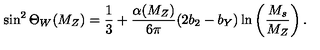
\sin ^ { 2 } \Theta _ { W } ( M _ { Z } ) = \frac { 1 } { 3 } + \frac { \alpha ( M _ { Z } ) } { 6 \pi } ( 2 b _ { 2 } - b _ { Y } ) \ln \left( \frac { M _ { s } } { M _ { Z } } \right) .